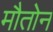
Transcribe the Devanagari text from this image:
मौतोन